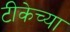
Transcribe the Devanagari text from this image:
टीकेच्या